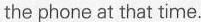
the phone at that time.